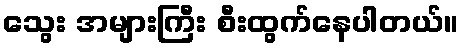
သွေး အများကြီး စီးထွက်နေပါတယ်။